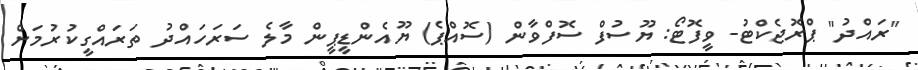
"ރައްދު" ޕްރޮޖެކްޓު- ވީފޮޓޯ: ޔޫސުފް ސޮފްވާން (ސޮއްޕެ) ޔޫއެންޑީޕީން މާލެ ސަރަހައްދު ތަރައްގީކުރުމަށް